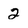
Character: 2